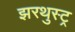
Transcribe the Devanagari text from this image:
झरथुस्ट्र